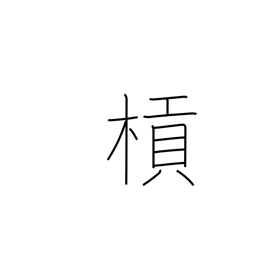
Meaning: lever